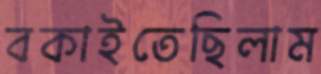
বকাইতেছিলাম